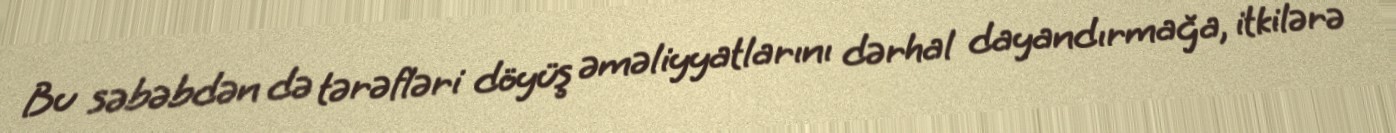
Bu səbəbdən də tərəfləri döyüş əməliyyatlarını dərhal dayandırmağa, itkilərə